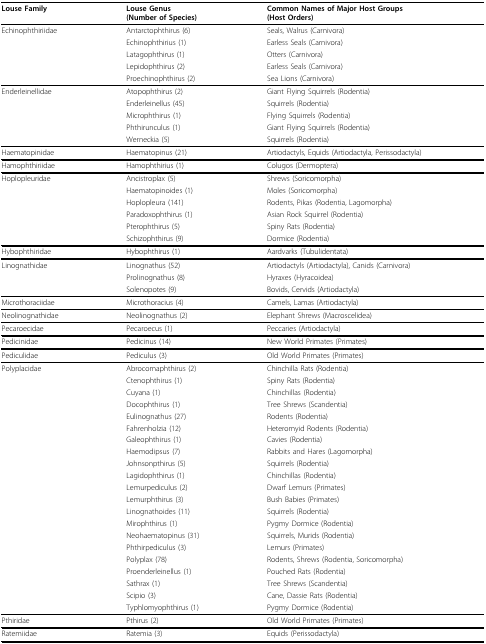
<table><thead><tr><td><b>Louse Family</b></td><td><b>Louse Genus(Number of Species)</b></td><td><b>Common Names of Major Host Groups(Host Orders)</b></td></tr></thead><tbody><tr><td>Echinophthiriidae</td><td>Antarctophthirus (6)</td><td>Seals, Walrus (Carnivora)</td></tr><tr><td></td><td>Echinophthirius (1)</td><td>Earless Seals (Carnivora)</td></tr><tr><td></td><td>Latagophthirus (1)</td><td>Otters (Carnivora)</td></tr><tr><td></td><td>Lepidophthirus (2)</td><td>Earless Seals (Carnivora)</td></tr><tr><td></td><td>Proechinophthirus (2)</td><td>Sea Lions (Carnivora)</td></tr><tr><td>Enderleinellidae</td><td>Atopophthirus (2)</td><td>Giant Flying Squirrels (Rodentia)</td></tr><tr><td></td><td>Enderleinellus (45)</td><td>Squirrels (Rodentia)</td></tr><tr><td></td><td>Microphthirus (1)</td><td>Flying Squirrels (Rodentia)</td></tr><tr><td></td><td>Phthirunculus (1)</td><td>Giant Flying Squirrels (Rodentia)</td></tr><tr><td></td><td>Werneckia (5)</td><td>Squirrels (Rodentia)</td></tr><tr><td>Haematopinidae</td><td>Haematopinus (21)</td><td>Artiodactyls, Equids (Artiodactyla, Perissodactyla)</td></tr><tr><td>Hamophthiriidae</td><td>Hamophthirius (1)</td><td>Colugos (Dermoptera)</td></tr><tr><td>Hoplopleuridae</td><td>Ancistroplax (5)</td><td>Shrews (Soricomorpha)</td></tr><tr><td></td><td>Haematopinoides (1)</td><td>Moles (Soricomorpha)</td></tr><tr><td></td><td>Hoplopleura (141)</td><td>Rodents, Pikas (Rodentia, Lagomorpha)</td></tr><tr><td></td><td>Paradoxophthirus (1)</td><td>Asian Rock Squirrel (Rodentia)</td></tr><tr><td></td><td>Pterophthirus (5)</td><td>Spiny Rats (Rodentia)</td></tr><tr><td></td><td>Schizophthirus (9)</td><td>Dormice (Rodentia)</td></tr><tr><td>Hybophthiridae</td><td>Hybophthirus (1)</td><td>Aardvarks (Tubulidentata)</td></tr><tr><td>Linognathidae</td><td>Linognathus (52)</td><td>Artiodactyls (Artiodactyla), Canids (Carnivora)</td></tr><tr><td></td><td>Prolinognathus (8)</td><td>Hyraxes (Hyracoidea)</td></tr><tr><td></td><td>Solenopotes (9)</td><td>Bovids, Cervids (Artiodactyla)</td></tr><tr><td>Microthoraciidae</td><td>Microthoracius (4)</td><td>Camels, Lamas (Artiodactyla)</td></tr><tr><td>Neolinognathidae</td><td>Neolinognathus (2)</td><td>Elephant Shrews (Macroscelidea)</td></tr><tr><td>Pecaroecidae</td><td>Pecaroecus (1)</td><td>Peccaries (Artiodactyla)</td></tr><tr><td>Pedicinidae</td><td>Pedicinus (14)</td><td>New World Primates (Primates)</td></tr><tr><td>Pediculidae</td><td>Pediculus (3)</td><td>Old World Primates (Primates)</td></tr><tr><td>Polyplacidae</td><td>Abrocomaphthirus (2)</td><td>Chinchilla Rats (Rodentia)</td></tr><tr><td></td><td>Ctenophthirus (1)</td><td>Spiny Rats (Rodentia)</td></tr><tr><td></td><td>Cuyana (1)</td><td>Chinchillas (Rodentia)</td></tr><tr><td></td><td>Docophthirus (1)</td><td>Tree Shrews (Scandentia)</td></tr><tr><td></td><td>Eulinognathus (27)</td><td>Rodents (Rodentia)</td></tr><tr><td></td><td>Fahrenholzia (12)</td><td>Heteromyid Rodents (Rodentia)</td></tr><tr><td></td><td>Galeophthirus (1)</td><td>Cavies (Rodentia)</td></tr><tr><td></td><td>Haemodipsus (7)</td><td>Rabbits and Hares (Lagomorpha)</td></tr><tr><td></td><td>Johnsonpthirus (5)</td><td>Squirrels (Rodentia)</td></tr><tr><td></td><td>Lagidophthirus (1)</td><td>Chinchillas (Rodentia)</td></tr><tr><td></td><td>Lemurpediculus (2)</td><td>Dwarf Lemurs (Primates)</td></tr><tr><td></td><td>Lemurphthirus (3)</td><td>Bush Babies (Primates)</td></tr><tr><td></td><td>Linognathoides (11)</td><td>Squirrels (Rodentia)</td></tr><tr><td></td><td>Mirophthirus (1)</td><td>Pygmy Dormice (Rodentia)</td></tr><tr><td></td><td>Neohaematopinus (31)</td><td>Squirrels, Murids (Rodentia)</td></tr><tr><td></td><td>Phthirpediculus (3)</td><td>Lemurs (Primates)</td></tr><tr><td></td><td>Polyplax (78)</td><td>Rodents, Shrews (Rodentia, Soricomorpha)</td></tr><tr><td></td><td>Proenderleinellus (1)</td><td>Pouched Rats (Rodentia)</td></tr><tr><td></td><td>Sathrax (1)</td><td>Tree Shrews (Scandentia)</td></tr><tr><td></td><td>Scipio (3)</td><td>Cane, Dassie Rats (Rodentia)</td></tr><tr><td></td><td>Typhlomyophthirus (1)</td><td>Pygmy Dormice (Rodentia)</td></tr><tr><td>Pthiridae</td><td>Pthirus (2)</td><td>Old World Primates (Primates)</td></tr><tr><td>Ratemiidae</td><td>Ratemia (3)</td><td>Equids (Perissodactyla)</td></tr></tbody></table>